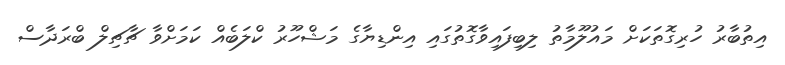
އިތުބާރު ހުރިގޮތަކަށް މައުލޫމާތު ލިބިފައިވާގޮތުގައި އިންޑިޔާގެ މަޝްހޫރު ކްލަބެއް ކަމަށްވާ ޗާޗިލް ބްރަދާސް